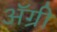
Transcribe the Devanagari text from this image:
ॲग्री